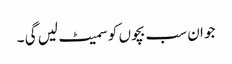
جو ان سب بچوں کو سمیٹ لیں گی ۔